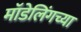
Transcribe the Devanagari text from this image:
मॉडेलिंगच्या